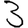
Digit: 3